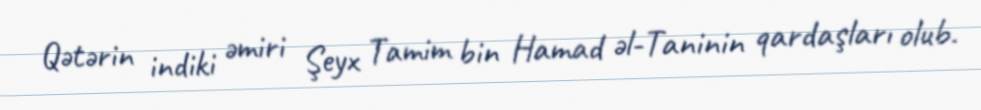
Qətərin indiki əmiri Şeyx Tamim bin Hamad əl-Taninin qardaşları olub.